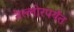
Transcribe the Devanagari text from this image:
नेल्लोरपर्यंत